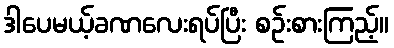
ဒါပေမယ့်ခဏလေးရပ်ပြီး စဉ်းစားကြည့်။